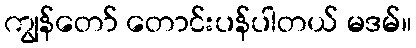
ကျွန်တော် တောင်းပန်ပါတယ် မဒမ်။